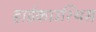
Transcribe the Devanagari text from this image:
हाईकाउश्थिस